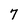
Character: 7